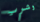
وشرب